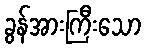
ခွန်အားကြီးသော